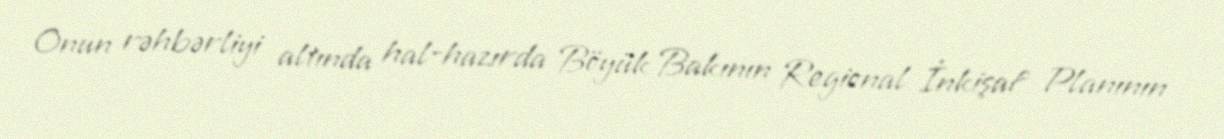
Onun rəhbərliyi altında hal-hazırda Böyük Bakının Regional İnkişaf Planının